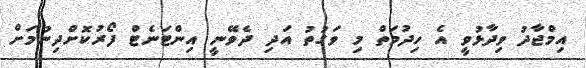
އިމްޖާދު ވިދާޅުވީ އެ ހިދުމަތް މި ވަގުތު އަދި ދެވޭނީ އިންޓަނެޓް ފޯރުކޮށްދިނުމަށް